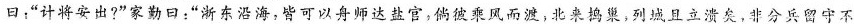
曰：”计将安出?”家勤日：”浙东沿海，皆可以舟师达盐官，倘彼乘风而渡，北来捣巢，列城且立溃矣，非分兵留守不